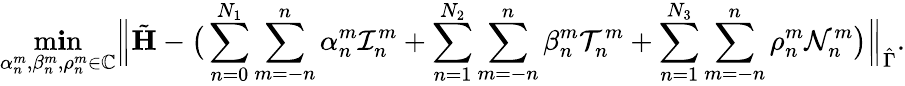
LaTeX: \operatorname*{m\mathbf{i}n}_{\alpha_{n}^{m},\beta_{n}^{m},\rho_{n}^{m}\in\mathbb{C}}\Big\| \tilde{{\mathbf{{H}}}}-\big(\sum_{n=0}^{N_{1}}\sum_{m=-n}^{n}\alpha_{n}^{m}\mathcal{{I}}_{n}^{m}+\sum_{n=1}^{N_{2}}\sum_{m=-n}^{n}\beta_{n}^{m}\mathcal{{T}}_{n}^{m}+\sum_{n=1}^{N_{3}}\sum_{m=-n}^{n}\rho_{n}^{m}\mathcal{{N}}_{n}^{m}\big)\Big\| _{\hat{{\Gamma}}}.